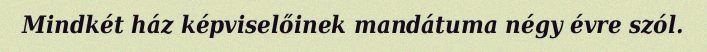
Mindkét ház képviselőinek mandátuma négy évre szól.